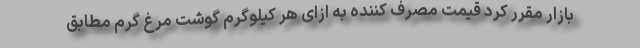
بازار مقرر کرد قیمت مصرف کننده به ازای هر کیلوگرم گوشت مرغ گرم مطابق